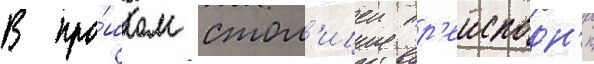
В про́шлом стол'ицеи пр'еисподн'и